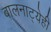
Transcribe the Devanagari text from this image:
बालनाट्येही